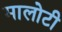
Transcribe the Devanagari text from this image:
मालोटी